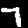
Digit: 7